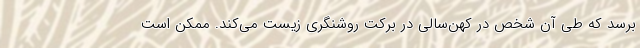
برسد که طی آن شخص در کهن‌سالی در برکت روشنگری زیست می‌کند. ممکن است